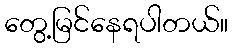
တွေ့မြင်နေရပါတယ်။